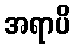
အရာပိ